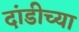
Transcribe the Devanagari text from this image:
दांडीच्या